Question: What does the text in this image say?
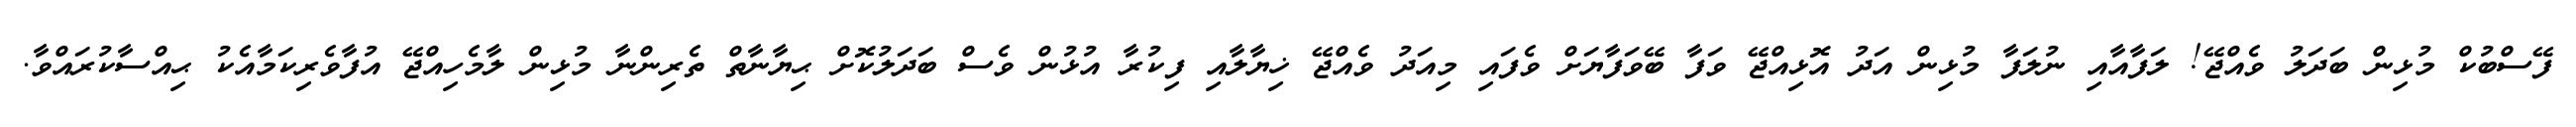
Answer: ފޭސްބުކް މުޅިން ބަދަލު ވެއްޖޭ! ލަފާއާއި ނުލަފާ މުޅިން އަދު އޮޅިއްޖޭ ވަފާ ބޭވަފާޔަށް ވެފައި މިއަދު ވެއްޖޭ ޚިޔާލާއި ފިކުރާ އުޅުން ވެސް ބަދަލުކޮށް ޙިޔާނާތް ތެރިންނާ މުޅިން ލާމެހިއްޖޭ އުފާވެރިކަމާއެކު ޙިއްސާކުރައްވާ.